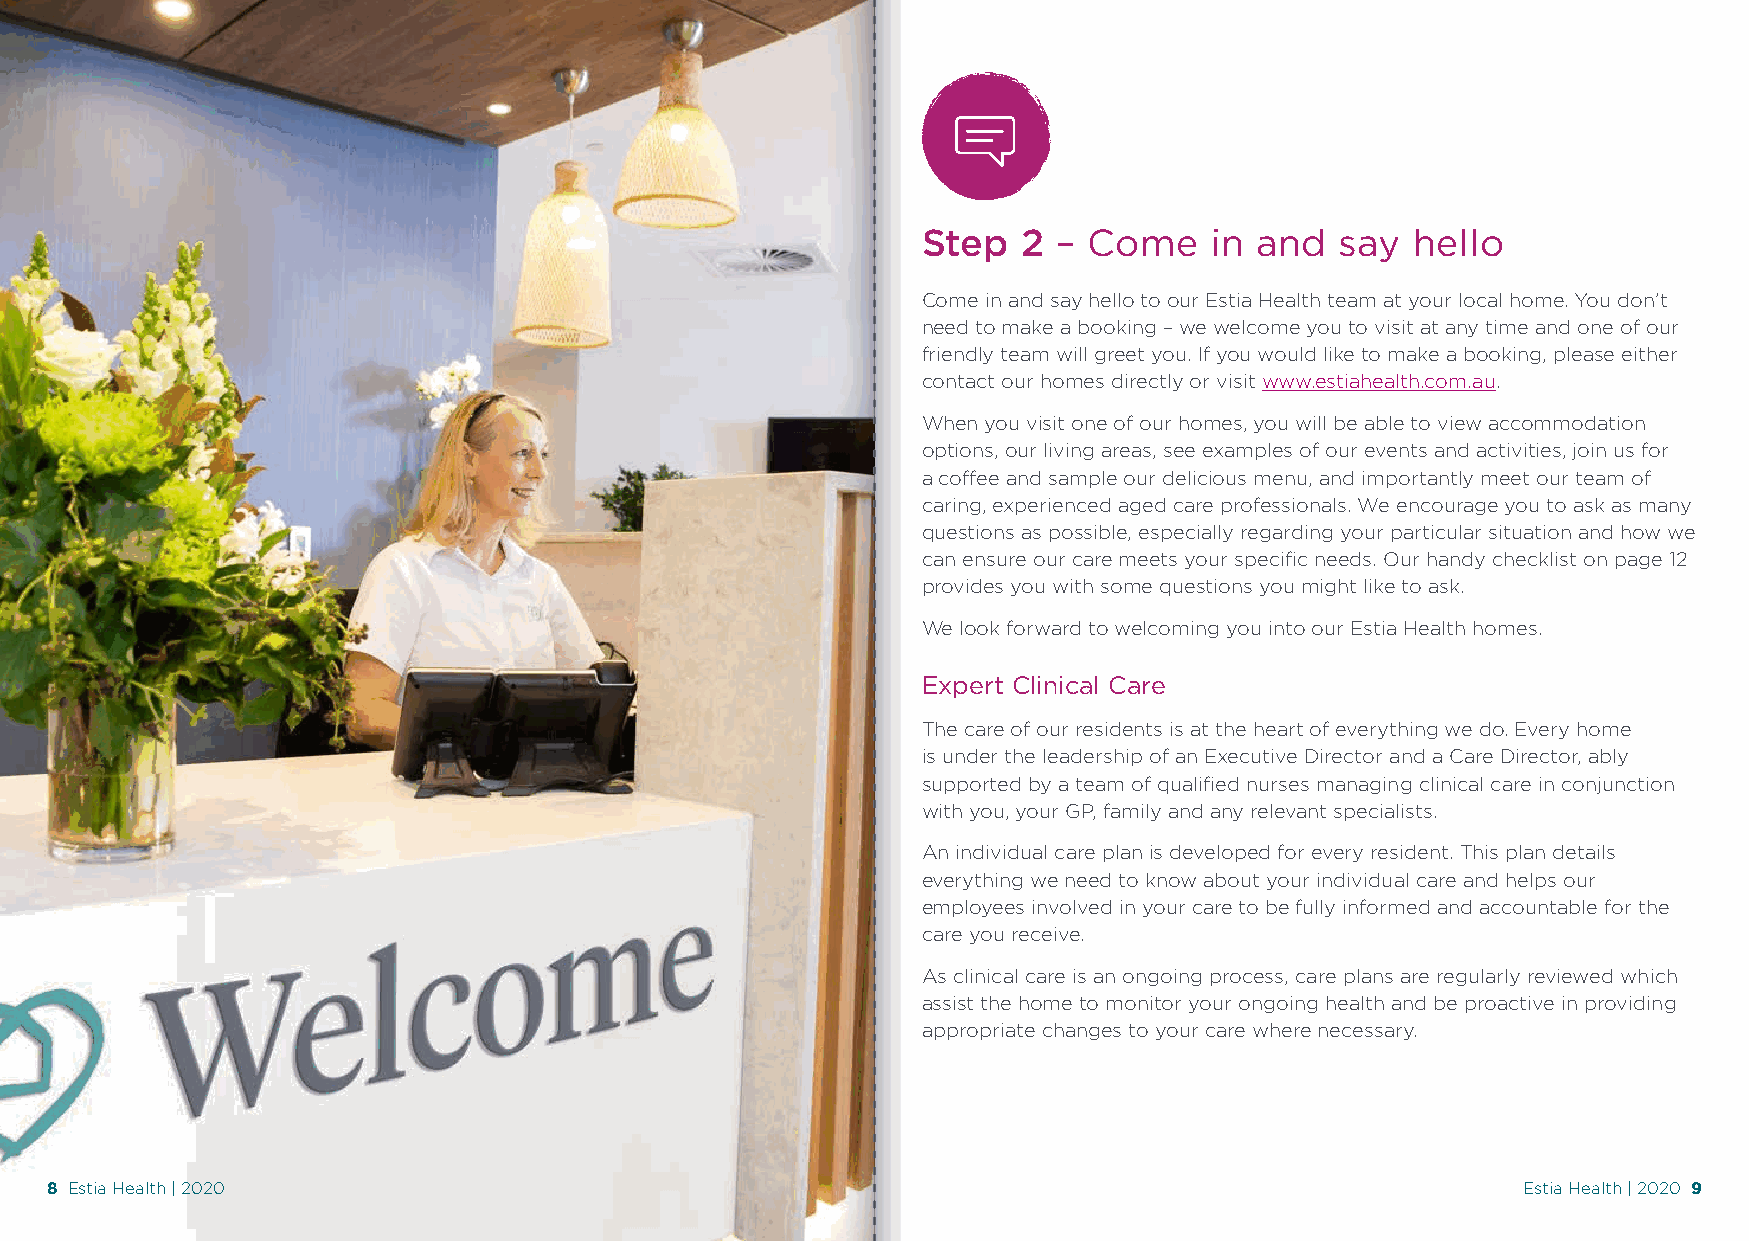
Step   2 – Come    in and   say hello
 Come in and say hello to our Estia Health team at your local home. You don’t
 need to make a booking – we welcome you to visit at any time and one of our
 friendly team will greet you. If you would like to make a booking, please either
 contact our homes directly or visit www.estiahealth.com.au.
 When you visit one of our homes, you will be able to view accommodation
 options, our living areas, see examples of our events and activities, join us for
 a coffee and sample our delicious menu, and importantly meet our team of
 caring, experienced aged care professionals. We encourage you to ask as many
 questions as possible, especially regarding your particular situation and how we
 can ensure our care meets your specific needs. Our handy checklist on page 12
 provides you with some questions you might like to ask.
 We look forward to welcoming you into our Estia Health homes.
 Expert Clinical Care
 The care of our residents is at the heart of everything we do. Every home
 is under the leadership of an Executive Director and a Care Director, ably
 supported by a team of qualified nurses managing clinical care in conjunction
 with you, your GP, family and any relevant specialists.
 An individual care plan is developed for every resident. This plan details
 everything we need to know about your individual care and helps our
 employees involved in your care to be fully informed and accountable for the
 care you receive.
 As clinical care is an ongoing process, care plans are regularly reviewed which
 assist the home to monitor your ongoing health and be proactive in providing
 appropriate changes to your care where necessary.
 8 Estia Health | 2020                                                                             Estia Health | 2020 9